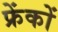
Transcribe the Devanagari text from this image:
फ्रेंकों